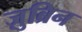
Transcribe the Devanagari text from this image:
ज़ुब्रिन